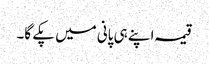
قیمہ اپنے ہی پانی میں پکے گا۔